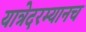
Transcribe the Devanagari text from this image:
यात्रेदरम्यानच